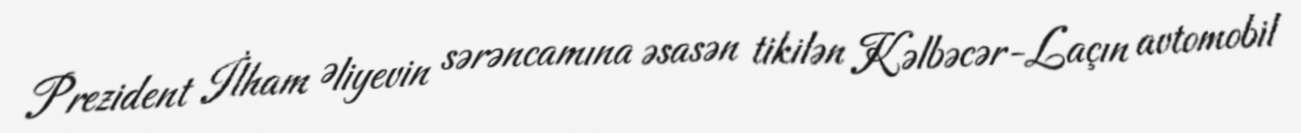
Prezident İlham Əliyevin sərəncamına əsasən tikilən Kəlbəcər-Laçın avtomobil